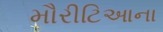
મૌરીટિઆના